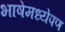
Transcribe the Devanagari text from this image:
भाषेमध्येपण